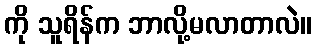
ကို သူရိန်က ဘာလို့မလာတာလဲ။